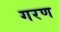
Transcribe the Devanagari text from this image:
गरण